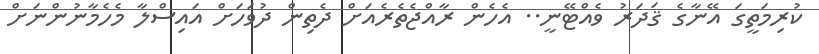
ކުރިމަތީގަ އޭނާގެ ޤަދަރު ވެއްޓޭނީ.. އެހެން ރާއްޖެތެރެއަށް ދެތިން ދުވަހަށް އައިސްލާ މެހެމާނުންނަށް